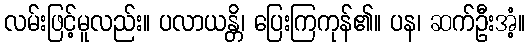
လမ်းဖြင့်မူလည်း။ ပလာယန္တိ၊ ပြေးကြကုန်၏။ ပန၊ ဆက်ဦးအံ့။